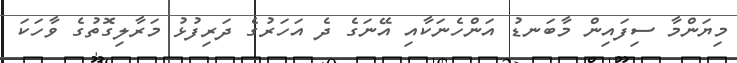
މިޔަންމާ ސިފައިން މާބަނޑު އަންހެނަކާއި އޭނަގެ ދެ އަހަރުގެ ދަރިފުޅު މަރާލިގޮތުގެ ވާހަކަ